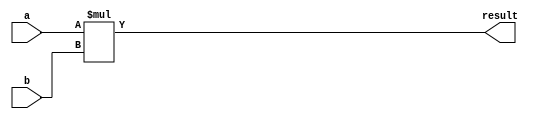
module multiplier(
    input [7:0] a, // input A
    input [7:0] b, // input B
    output reg [15:0] result // output Result
);

always @(*) begin
    result = a * b;
end

endmodule